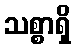
သစ္စာရှိ